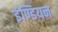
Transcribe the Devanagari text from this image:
इंण्डियन